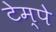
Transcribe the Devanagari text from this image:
टेम्पे